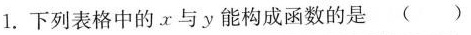
1. 下列表格中的x与y能构成函数的是( )